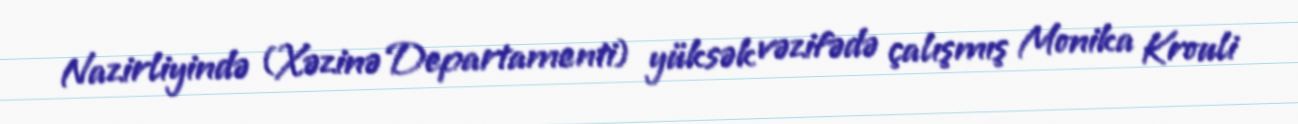
Nazirliyində (Xəzinə Departamenti) yüksək vəzifədə çalışmış Monika Krouli